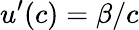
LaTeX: u^{\prime}(c)=\beta/c